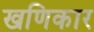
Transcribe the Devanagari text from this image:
खणिकार